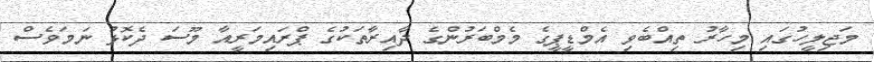
މަޖިލީހުގައި މިހާރު ތިއްބެވި އެމްޑީޕީގެ މެމްބަރުންގެ ދާއިރާތަކުގެ ޕްރައިމަރީއާ މޫސަ ދެކޮޅު ނަމަވެސް